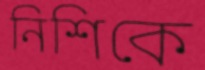
নিশিকে